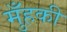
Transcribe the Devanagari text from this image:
मुँहकी